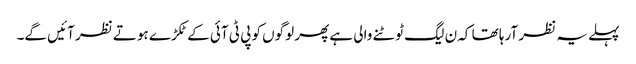
پہلے یہ نظر آرہا تھا کہ ن لیگ ٹوٹنے والی ہے پھر لوگوں کو پی ٹی آئی کے ٹکڑے ہوتے نظر آئیں گے۔